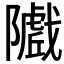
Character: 𱀽